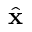
\hat { \bf x }